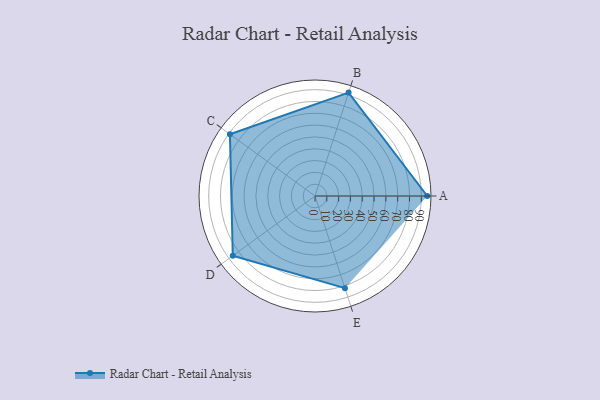
{"axis": {"x": "Skill", "y": "Score"}, "legend": ["Profile"], "data": [{"x": "A", "y": 95.0, "type": "Profile"}, {"x": "B", "y": 92.0, "type": "Profile"}, {"x": "C", "y": 89.0, "type": "Profile"}, {"x": "D", "y": 86.0, "type": "Profile"}, {"x": "E", "y": 82.0, "type": "Profile"}]}